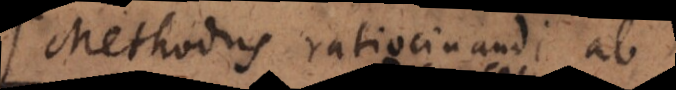
Methodus ratiocinandi ab